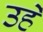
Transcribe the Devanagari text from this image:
उहें